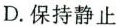
D.保持静止